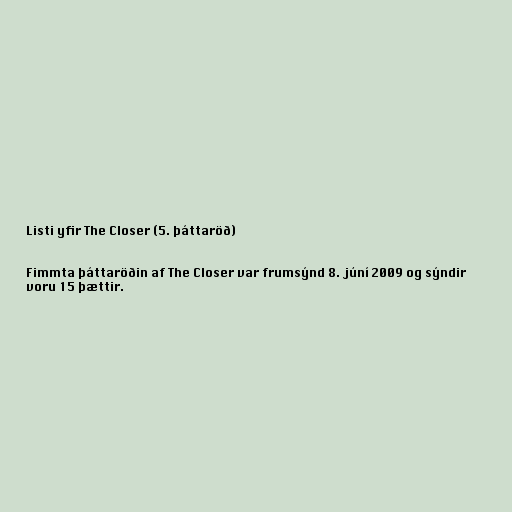
Listi yfir The Closer (5. þáttaröð)

Fimmta þáttaröðin af The Closer var frumsýnd 8. júní 2009 og sýndir
voru 15 þættir.